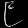
Digit: ၉